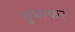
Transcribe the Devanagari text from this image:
चुभाकर